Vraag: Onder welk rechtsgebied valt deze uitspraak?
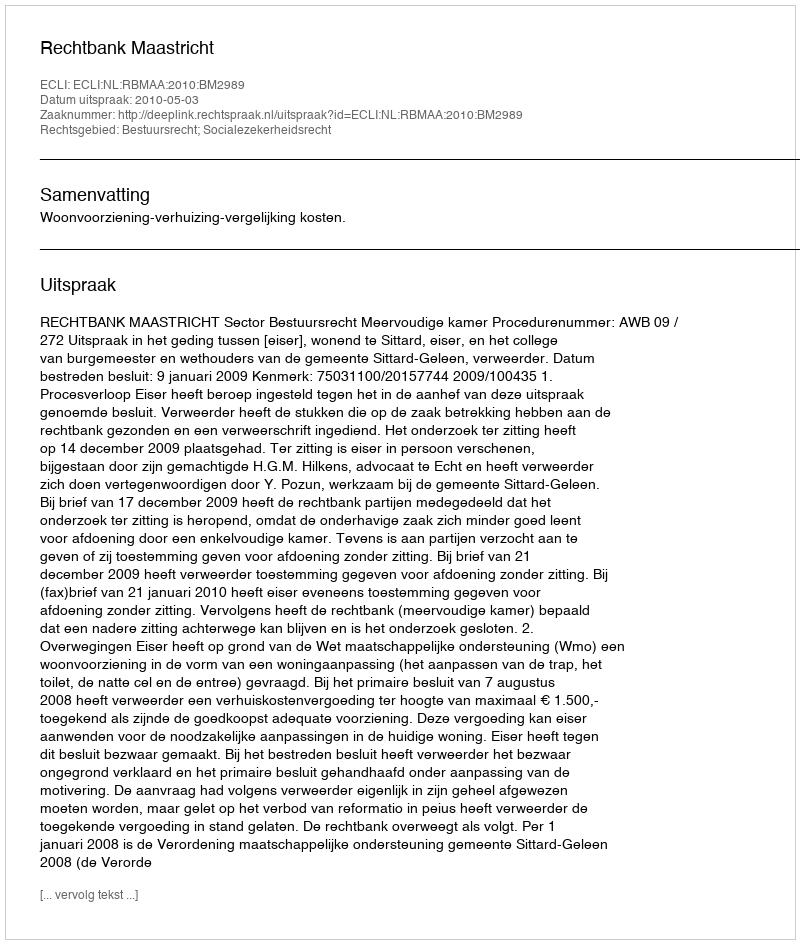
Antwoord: Bestuursrecht; Socialezekerheidsrecht